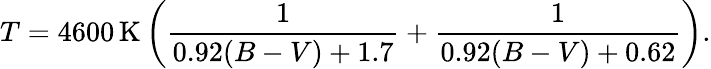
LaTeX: T=4600\, \mathrm{K}\left({\frac{1}{0.92(B-V)+1.7}}+{\frac{1}{0.92(B-V)+0.62}}\right).